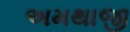
અમથાજી